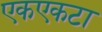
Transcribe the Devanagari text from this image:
एकएकटा